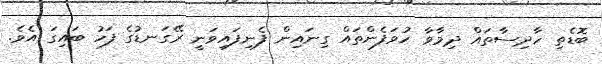
ބޮޑެތި ހާދިސާތައް ދިމާވާ ހުވަފެންތައް ގިނައިން ފެނިފައިވަނީ ރޭގަނޑުގެ ފަހު ބައިގަ އެވެ.